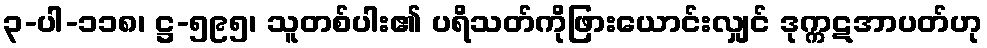
၃-ပါ-၁၁၈၊ ဋ္ဌ-၅၉၅၊ သူတစ်ပါး၏ ပရိသတ်ကိုဖြားယောင်းလျှင် ဒုက္ကဋအာပတ်ဟု